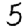
Digit: 5